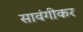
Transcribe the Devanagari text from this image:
सावंगीकर